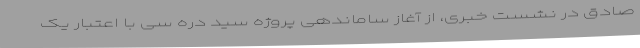
صادق در نشست خبری، از آغاز ساماندهی پروژه سید دره سی با اعتبار یک